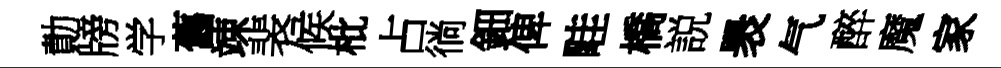
勣牓学舊竦裴候枇占徜鈿俾畦橋説褁气醉魔家